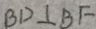
B D \bot B F